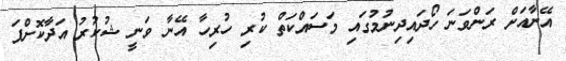
އޭނާއަށް ރަންވަނަ ހޯދައިދިނުމުގައި މަސައްކަތް ކުރި ހުރިހާ އޭނާ ވަނީ ޝުކުރު އަދާކޮށްފަ